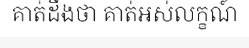
គាត់ដឹងថា គាត់អស់លក្ខណ៍